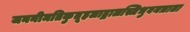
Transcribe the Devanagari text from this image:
जननीमतिकुतूहलाद्बालस्त्रिभुवनत्राता